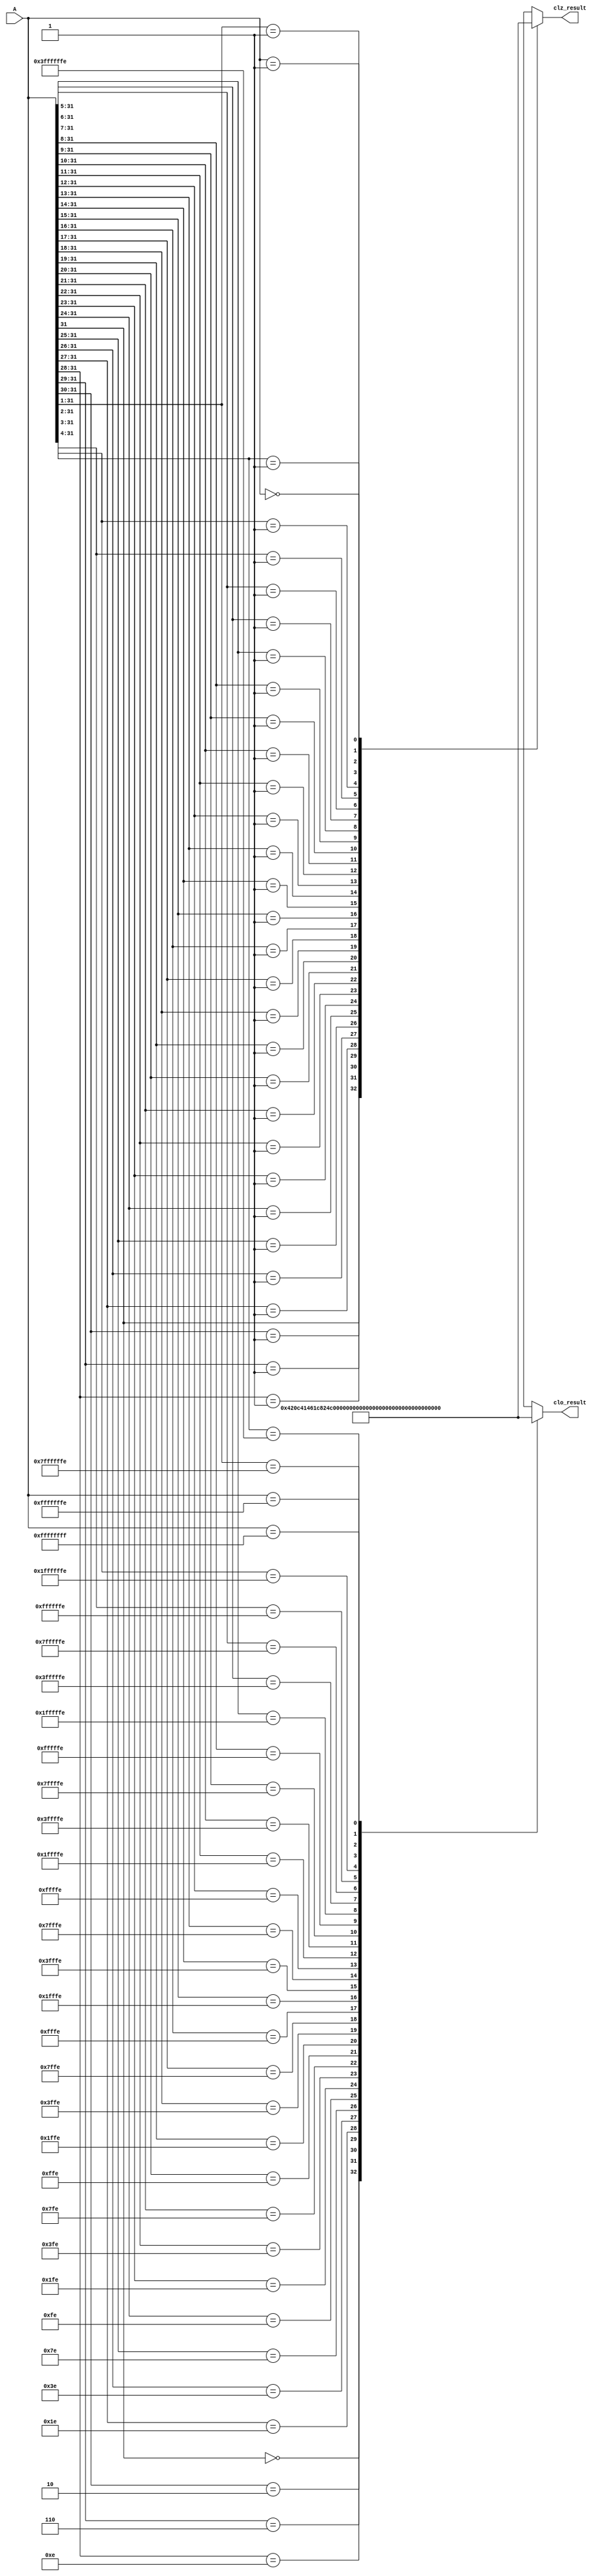
module antares_cloz (
                     input [31:0] A,
                     output [5:0] clo_result,
                     output [5:0] clz_result
                     );

    /*AUTOREG*/
    // Beginning of automatic regs (for this module's undeclared outputs)
    reg [5:0]           clo_result;
    reg [5:0]           clz_result;
    // End of automatics

    //--------------------------------------------------------------------------
    // Count Leading Ones
    //--------------------------------------------------------------------------
    always @(*) begin
        casez (A)
            32'b0zzz_zzzz_zzzz_zzzz_zzzz_zzzz_zzzz_zzzz : clo_result  = 6'd0;
            32'b10zz_zzzz_zzzz_zzzz_zzzz_zzzz_zzzz_zzzz : clo_result  = 6'd1;
            32'b110z_zzzz_zzzz_zzzz_zzzz_zzzz_zzzz_zzzz : clo_result  = 6'd2;
            32'b1110_zzzz_zzzz_zzzz_zzzz_zzzz_zzzz_zzzz : clo_result  = 6'd3;
            32'b1111_0zzz_zzzz_zzzz_zzzz_zzzz_zzzz_zzzz : clo_result  = 6'd4;
            32'b1111_10zz_zzzz_zzzz_zzzz_zzzz_zzzz_zzzz : clo_result  = 6'd5;
            32'b1111_110z_zzzz_zzzz_zzzz_zzzz_zzzz_zzzz : clo_result  = 6'd6;
            32'b1111_1110_zzzz_zzzz_zzzz_zzzz_zzzz_zzzz : clo_result  = 6'd7;
            32'b1111_1111_0zzz_zzzz_zzzz_zzzz_zzzz_zzzz : clo_result  = 6'd8;
            32'b1111_1111_10zz_zzzz_zzzz_zzzz_zzzz_zzzz : clo_result  = 6'd9;
            32'b1111_1111_110z_zzzz_zzzz_zzzz_zzzz_zzzz : clo_result  = 6'd10;
            32'b1111_1111_1110_zzzz_zzzz_zzzz_zzzz_zzzz : clo_result  = 6'd11;
            32'b1111_1111_1111_0zzz_zzzz_zzzz_zzzz_zzzz : clo_result  = 6'd12;
            32'b1111_1111_1111_10zz_zzzz_zzzz_zzzz_zzzz : clo_result  = 6'd13;
            32'b1111_1111_1111_110z_zzzz_zzzz_zzzz_zzzz : clo_result  = 6'd14;
            32'b1111_1111_1111_1110_zzzz_zzzz_zzzz_zzzz : clo_result  = 6'd15;
            32'b1111_1111_1111_1111_0zzz_zzzz_zzzz_zzzz : clo_result  = 6'd16;
            32'b1111_1111_1111_1111_10zz_zzzz_zzzz_zzzz : clo_result  = 6'd17;
            32'b1111_1111_1111_1111_110z_zzzz_zzzz_zzzz : clo_result  = 6'd18;
            32'b1111_1111_1111_1111_1110_zzzz_zzzz_zzzz : clo_result  = 6'd19;
            32'b1111_1111_1111_1111_1111_0zzz_zzzz_zzzz : clo_result  = 6'd20;
            32'b1111_1111_1111_1111_1111_10zz_zzzz_zzzz : clo_result  = 6'd21;
            32'b1111_1111_1111_1111_1111_110z_zzzz_zzzz : clo_result  = 6'd22;
            32'b1111_1111_1111_1111_1111_1110_zzzz_zzzz : clo_result  = 6'd23;
            32'b1111_1111_1111_1111_1111_1111_0zzz_zzzz : clo_result  = 6'd24;
            32'b1111_1111_1111_1111_1111_1111_10zz_zzzz : clo_result  = 6'd25;
            32'b1111_1111_1111_1111_1111_1111_110z_zzzz : clo_result  = 6'd26;
            32'b1111_1111_1111_1111_1111_1111_1110_zzzz : clo_result  = 6'd27;
            32'b1111_1111_1111_1111_1111_1111_1111_0zzz : clo_result  = 6'd28;
            32'b1111_1111_1111_1111_1111_1111_1111_10zz : clo_result  = 6'd29;
            32'b1111_1111_1111_1111_1111_1111_1111_110z : clo_result  = 6'd30;
            32'b1111_1111_1111_1111_1111_1111_1111_1110 : clo_result  = 6'd31;
            32'b1111_1111_1111_1111_1111_1111_1111_1111 : clo_result  = 6'd32;
            default : clo_result                                      = 6'd0;
        endcase // casez (A)
    end // always @ (*)

    //--------------------------------------------------------------------------
    // Count Leading Zeros
    //--------------------------------------------------------------------------
    always @(*) begin
        casez (A)
            32'b1zzz_zzzz_zzzz_zzzz_zzzz_zzzz_zzzz_zzzz : clz_result  = 6'd0;
            32'b01zz_zzzz_zzzz_zzzz_zzzz_zzzz_zzzz_zzzz : clz_result  = 6'd1;
            32'b001z_zzzz_zzzz_zzzz_zzzz_zzzz_zzzz_zzzz : clz_result  = 6'd2;
            32'b0001_zzzz_zzzz_zzzz_zzzz_zzzz_zzzz_zzzz : clz_result  = 6'd3;
            32'b0000_1zzz_zzzz_zzzz_zzzz_zzzz_zzzz_zzzz : clz_result  = 6'd4;
            32'b0000_01zz_zzzz_zzzz_zzzz_zzzz_zzzz_zzzz : clz_result  = 6'd5;
            32'b0000_001z_zzzz_zzzz_zzzz_zzzz_zzzz_zzzz : clz_result  = 6'd6;
            32'b0000_0001_zzzz_zzzz_zzzz_zzzz_zzzz_zzzz : clz_result  = 6'd7;
            32'b0000_0000_1zzz_zzzz_zzzz_zzzz_zzzz_zzzz : clz_result  = 6'd8;
            32'b0000_0000_01zz_zzzz_zzzz_zzzz_zzzz_zzzz : clz_result  = 6'd9;
            32'b0000_0000_001z_zzzz_zzzz_zzzz_zzzz_zzzz : clz_result  = 6'd10;
            32'b0000_0000_0001_zzzz_zzzz_zzzz_zzzz_zzzz : clz_result  = 6'd11;
            32'b0000_0000_0000_1zzz_zzzz_zzzz_zzzz_zzzz : clz_result  = 6'd12;
            32'b0000_0000_0000_01zz_zzzz_zzzz_zzzz_zzzz : clz_result  = 6'd13;
            32'b0000_0000_0000_001z_zzzz_zzzz_zzzz_zzzz : clz_result  = 6'd14;
            32'b0000_0000_0000_0001_zzzz_zzzz_zzzz_zzzz : clz_result  = 6'd15;
            32'b0000_0000_0000_0000_1zzz_zzzz_zzzz_zzzz : clz_result  = 6'd16;
            32'b0000_0000_0000_0000_01zz_zzzz_zzzz_zzzz : clz_result  = 6'd17;
            32'b0000_0000_0000_0000_001z_zzzz_zzzz_zzzz : clz_result  = 6'd18;
            32'b0000_0000_0000_0000_0001_zzzz_zzzz_zzzz : clz_result  = 6'd19;
            32'b0000_0000_0000_0000_0000_1zzz_zzzz_zzzz : clz_result  = 6'd20;
            32'b0000_0000_0000_0000_0000_01zz_zzzz_zzzz : clz_result  = 6'd21;
            32'b0000_0000_0000_0000_0000_001z_zzzz_zzzz : clz_result  = 6'd22;
            32'b0000_0000_0000_0000_0000_0001_zzzz_zzzz : clz_result  = 6'd23;
            32'b0000_0000_0000_0000_0000_0000_1zzz_zzzz : clz_result  = 6'd24;
            32'b0000_0000_0000_0000_0000_0000_01zz_zzzz : clz_result  = 6'd25;
            32'b0000_0000_0000_0000_0000_0000_001z_zzzz : clz_result  = 6'd26;
            32'b0000_0000_0000_0000_0000_0000_0001_zzzz : clz_result  = 6'd27;
            32'b0000_0000_0000_0000_0000_0000_0000_1zzz : clz_result  = 6'd28;
            32'b0000_0000_0000_0000_0000_0000_0000_01zz : clz_result  = 6'd29;
            32'b0000_0000_0000_0000_0000_0000_0000_001z : clz_result  = 6'd30;
            32'b0000_0000_0000_0000_0000_0000_0000_0001 : clz_result  = 6'd31;
            32'b0000_0000_0000_0000_0000_0000_0000_0000 : clz_result  = 6'd32;
            default : clz_result                                      = 6'd0;
        endcase // casez (A)
    end // always @ (*)
endmodule